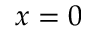
x = 0